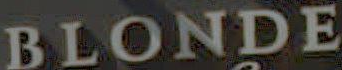
BLONDE